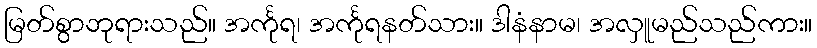
မြတ်စွာဘုရားသည်။ အင်္ကုရ၊ အင်္ကုရနတ်သား။ ဒါနံနာမ၊ အလှူမည်သည်ကား။